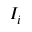
I _ { i }